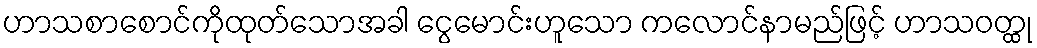
ဟာသစာစောင်ကိုထုတ်သောအခါ ငွေမောင်းဟူသော ကလောင်နာမည်ဖြင့် ဟာသဝတ္ထု